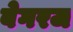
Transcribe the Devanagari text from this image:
बेगरज